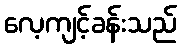
လေ့ကျင့်ခန်းသည်